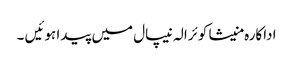
اداکارہ منیشا کوئرالہ نیپال میں پیدا ہوئیں ۔